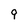
Character: 9